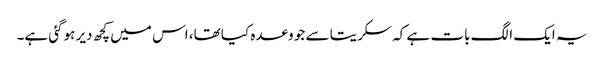
یہ ایک الگ بات ہے کہ سکریتا سے جو وعدہ کیا تھا، اس میں کچھ دیر ہوگئی ہے۔